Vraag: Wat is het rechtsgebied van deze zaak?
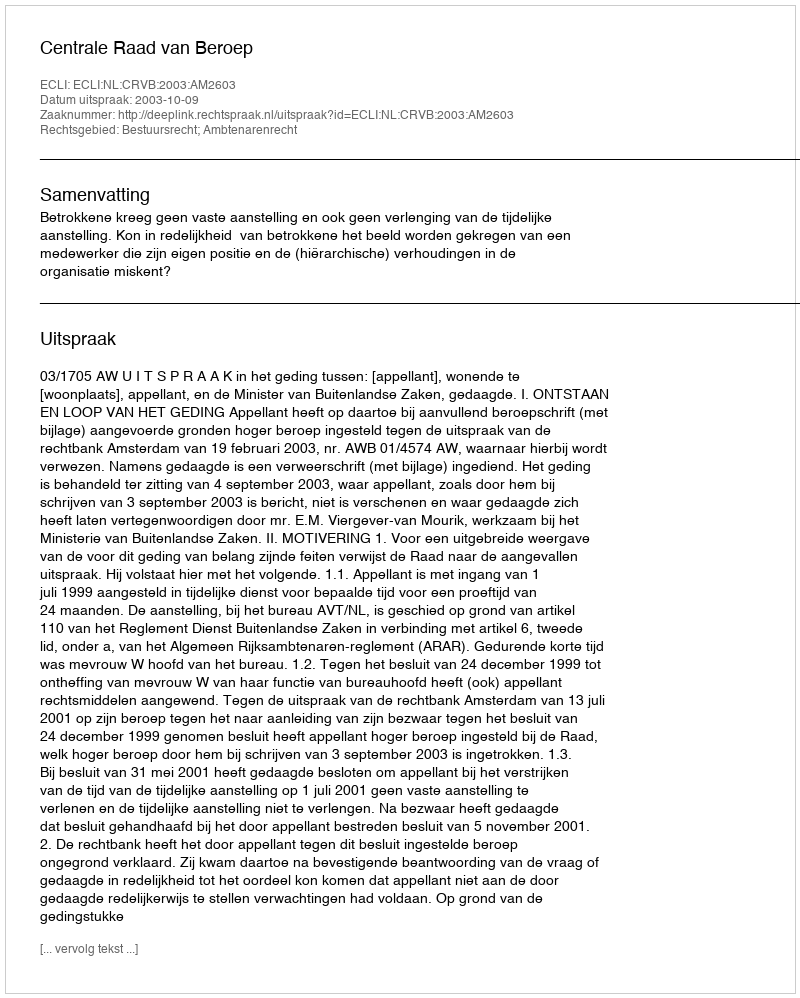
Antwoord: Bestuursrecht; Ambtenarenrecht